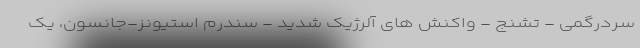
سردرگمی - تشنج - واکنش های آلرژیک شدید - سندرم استیونز-جانسون، یک